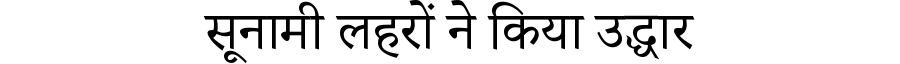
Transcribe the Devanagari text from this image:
सूनामी लहरों ने किया उद्धार